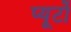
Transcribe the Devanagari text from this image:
प्‍यूर्टो